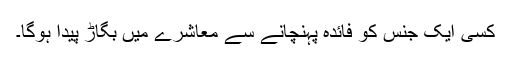
کسی ایک جنس کو فائدہ پہنچانے سے معاشرے میں بگاڑ پیدا ہوگا۔